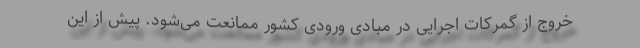
خروج از گمرکات اجرایی در مبادی ورودی کشور ممانعت می‌شود. پیش از این